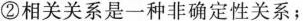
②相关关系是一种非确定性关系；